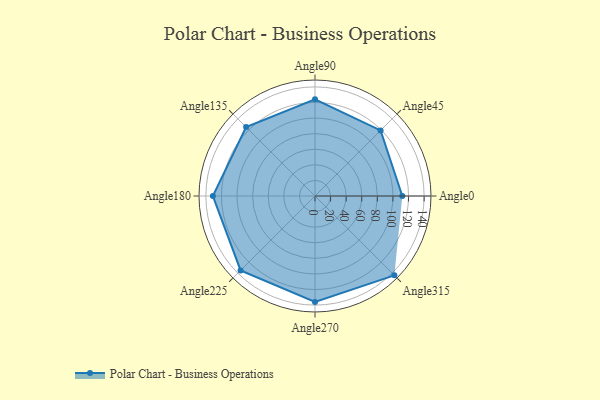
{"axis": {"x": "Angle", "y": "Radius"}, "legend": [""], "data": [{"x": "Angle0", "y": 112.0, "type": ""}, {"x": "Angle45", "y": 119.0, "type": ""}, {"x": "Angle90", "y": 124.0, "type": ""}, {"x": "Angle135", "y": 125.0, "type": ""}, {"x": "Angle180", "y": 131.0, "type": ""}, {"x": "Angle225", "y": 135.0, "type": ""}, {"x": "Angle270", "y": 136.0, "type": ""}, {"x": "Angle315", "y": 144.0, "type": ""}]}